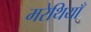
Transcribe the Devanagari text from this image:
मरेथियाँ